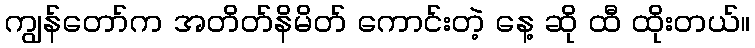
ကျွန်တော်က အတိတ်နိမိတ် ကောင်းတဲ့ နေ့ ဆို ထီ ထိုးတယ်။